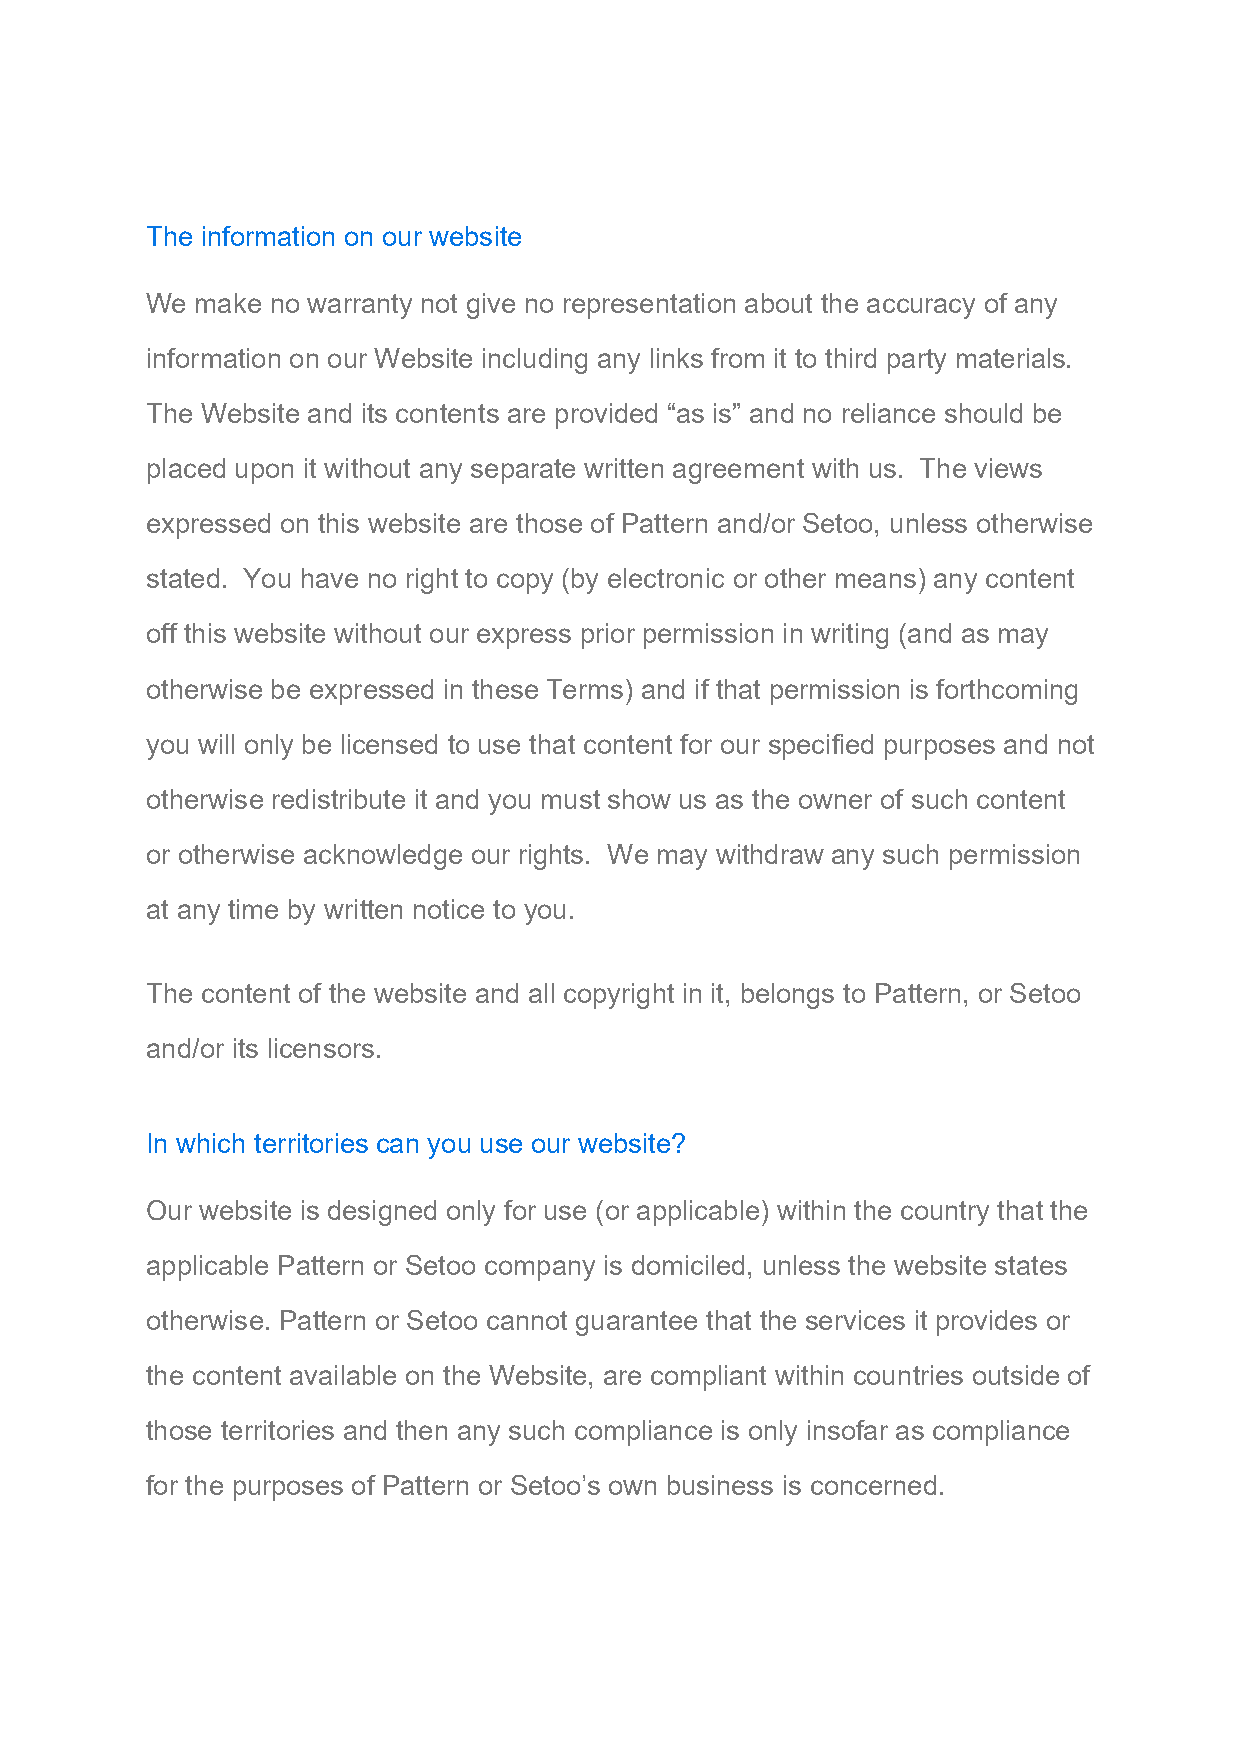
The information on our website
 We make no warranty not give no representation about the accuracy of any
 information on our Website including any links from it to third party materials.
 The Website and its contents are provided “as is” and no reliance should be
 placed upon it without any separate written agreement with us. The views
 expressed on this website are those of Pattern and/or Setoo, unless otherwise
 stated. You have no right to copy (by electronic or other means) any content
 off this website without our express prior permission in writing (and as may
 otherwise be expressed in these Terms) and if that permission is forthcoming
 you will only be licensed to use that content for our specified purposes and not
 otherwise redistribute it and you must show us as the owner of such content
 or otherwise acknowledge our rights. We may withdraw any such permission
 at any time by written notice to you.
 The content of the website and all copyright in it, belongs to Pattern, or Setoo
 and/or its licensors.
 In which territories can you use our website?
 Our website is designed only for use (or applicable) within the country that the
 applicable Pattern or Setoo company is domiciled, unless the website states
 otherwise. Pattern or Setoo cannot guarantee that the services it provides or
 the content available on the Website, are compliant within countries outside of
 those territories and then any such compliance is only insofar as compliance
 for the purposes of Pattern or Setoo’s own business is concerned.